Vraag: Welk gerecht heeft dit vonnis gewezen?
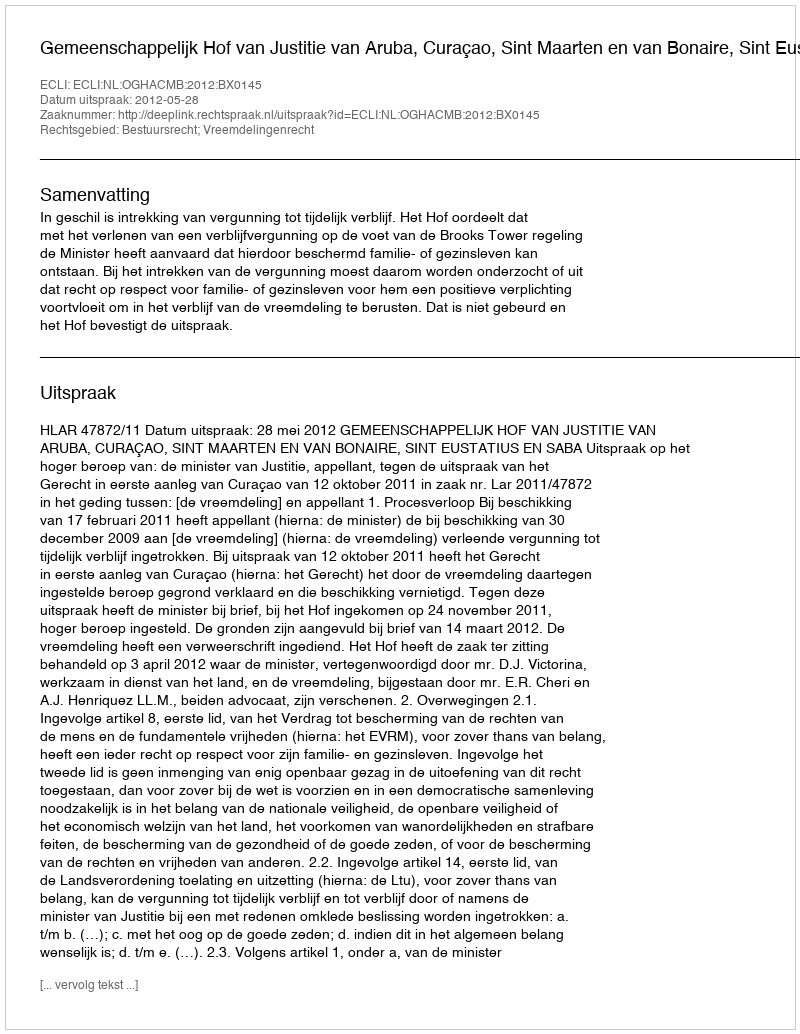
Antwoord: Gemeenschappelijk Hof van Justitie van Aruba, Curaçao, Sint Maarten en van Bonaire, Sint Eustatius en Saba